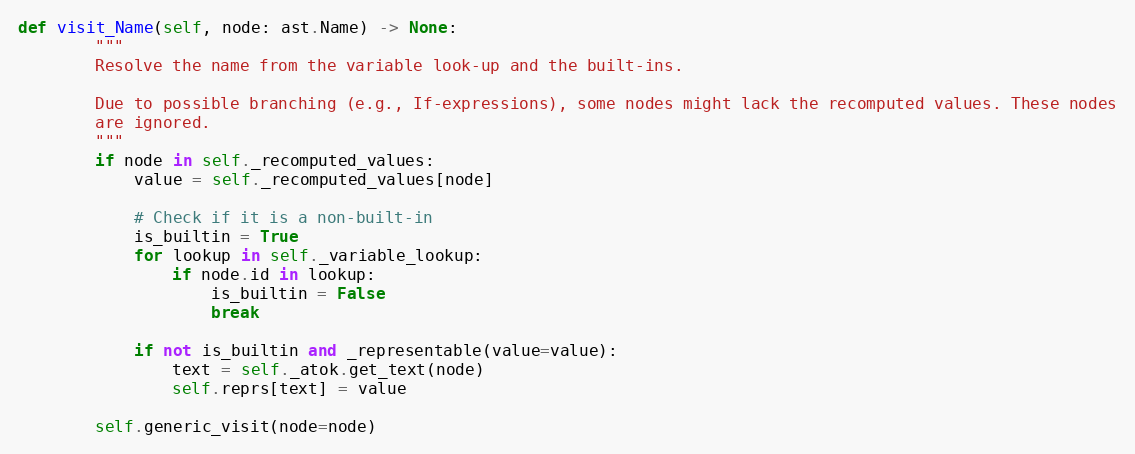
Language: Python
def visit_Name(self, node: ast.Name) -> None:
        """
        Resolve the name from the variable look-up and the built-ins.

        Due to possible branching (e.g., If-expressions), some nodes might lack the recomputed values. These nodes
        are ignored.
        """
        if node in self._recomputed_values:
            value = self._recomputed_values[node]

            # Check if it is a non-built-in
            is_builtin = True
            for lookup in self._variable_lookup:
                if node.id in lookup:
                    is_builtin = False
                    break

            if not is_builtin and _representable(value=value):
                text = self._atok.get_text(node)
                self.reprs[text] = value

        self.generic_visit(node=node)